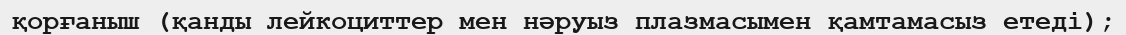
қорғаныш (қанды лейкоциттер мен нәруыз плазмасымен қамтамасыз етеді);